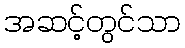
အဆင့်တွင်သာ